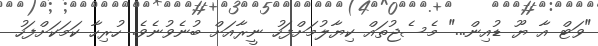
"ވަޓް އާ ޔޫ ޑުއިން..." މެސެޖުތައް ކިޔާލުމަށްފަހު ނީރާއަށް ބުނެވުނެވެ. ހުރިހާ ކަމަކަށްފަހު